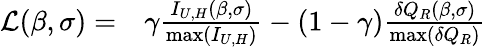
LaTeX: \begin{array}{rl}{\mathcal{L}(\beta,\sigma)=}&{{}\gamma\frac{I_{U,H}(\beta,\sigma)}{\mathrm{max}(I_{U,H})}-(1-\gamma)\frac{\delta Q_{R}(\beta,\sigma)}{\mathrm{max}(\delta Q_{R})}}\end{array}